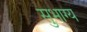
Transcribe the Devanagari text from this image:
सुभाग्य